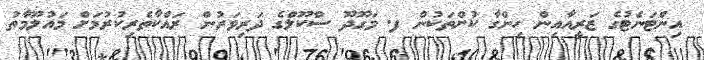
އިންޓަނެޓުގެ ޒަރީއާއިން ހިންގާ ކުށްތަކުން ފ. މަގޫދޫ ސްކޫލްގެ ދަރިވަރުން ރައްކާތެރިކުރުމަށް މައުލޫމާތު